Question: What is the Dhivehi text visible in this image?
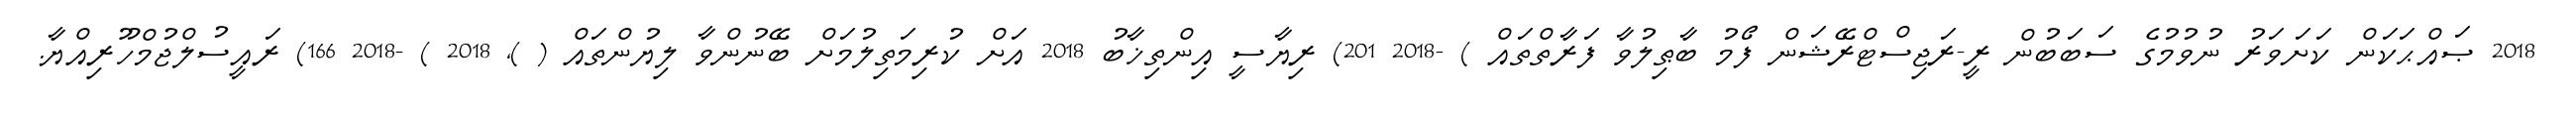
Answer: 2018 ޞައްޙަކަން ކަށަވަރު ނުވުމުގެ ސަބަބުން ރީ-ރަޖިސްޓްރޭޝަން ފޯމު ބާޠިލުވާ ފަރާތްތައް ) -2018 201) ރިޔާސީ އިންތިޚާބު 2018 އަށް ކުރިމަތިލުމަށް ބޭނުންވާ ލިޔުންތައް ( ), 2018 ) -2018 166) ރައީސުލްޖުމްހޫރިއްޔާ.